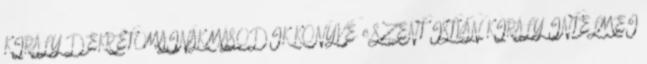
KIRÁLY DEKRÉTOMAINAK MÁSODIK KÖNYVE. c SZENT ISTVÁN KIRÁLY INTELMEI